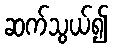
ဆက်သွယ်၍